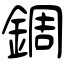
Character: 錭